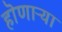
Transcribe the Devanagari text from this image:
हॊणाऱ्या